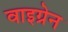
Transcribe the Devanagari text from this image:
वाइग्रेन